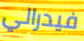
فيدرالي